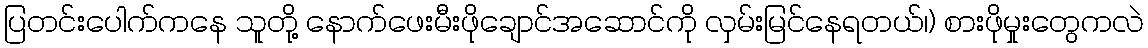
ပြတင်းပေါက်ကနေ သူတို့ နောက်ဖေးမီးဖိုချောင်အဆောင်ကို လှမ်းမြင်နေရတယ်၊) စားဖိုမှုးတွေကလဲ